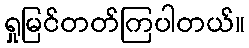
ရှုမြင်တတ်ကြပါတယ်။